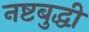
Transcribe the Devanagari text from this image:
नष्टबुद्धी